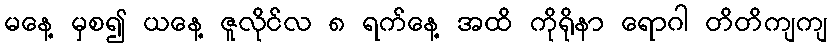
မနေ့ မှစ၍ ယနေ့ ဇူလိုင်လ ၈ ရက်နေ့ အထိ ကိုရိုနာ ရောဂါ တိတိကျကျ